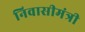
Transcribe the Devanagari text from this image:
निवासीमंत्री